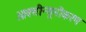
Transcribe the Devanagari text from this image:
आक्सीन्यूनीकरण